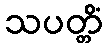
သပတ္တိံ